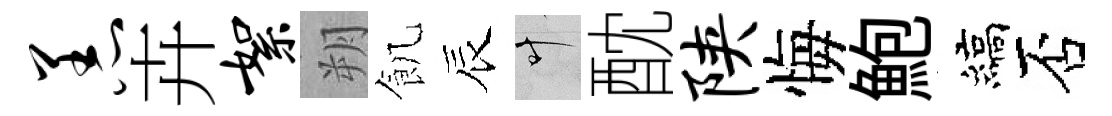
恙卉絮朔飢辰叶酖陕悔鮑縞否